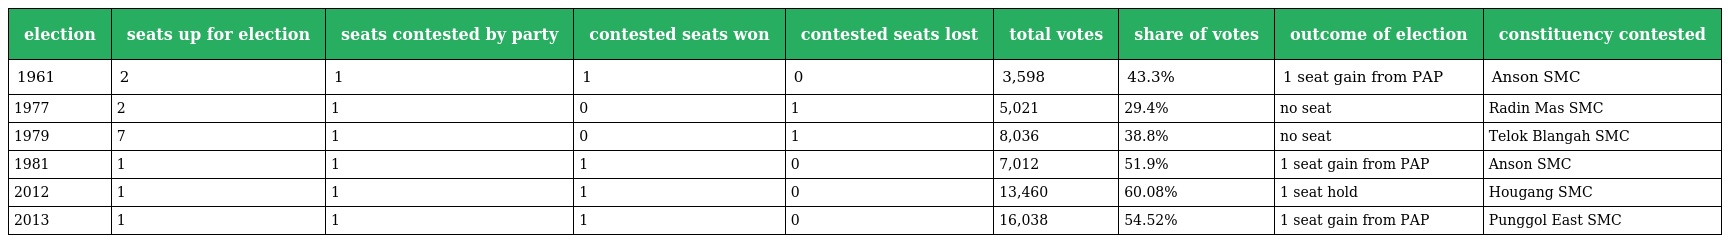
| election | seats up for election | seats contested by party | contested seats won | contested seats lost | total votes | share of votes | outcome of election | constituency contested |
 | --- | --- | --- | --- | --- | --- | --- | --- | --- |
 | 1961 | 2 | 1 | 1 | 0 | 3,598 | 43.3% | 1 seat gain from PAP | Anson SMC |
 | 1977 | 2 | 1 | 0 | 1 | 5,021 | 29.4% | no seat | Radin Mas SMC |
 | 1979 | 7 | 1 | 0 | 1 | 8,036 | 38.8% | no seat | Telok Blangah SMC |
 | 1981 | 1 | 1 | 1 | 0 | 7,012 | 51.9% | 1 seat gain from PAP | Anson SMC |
 | 2012 | 1 | 1 | 1 | 0 | 13,460 | 60.08% | 1 seat hold | Hougang SMC |
 | 2013 | 1 | 1 | 1 | 0 | 16,038 | 54.52% | 1 seat gain from PAP | Punggol East SMC |